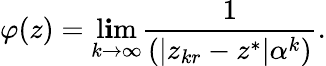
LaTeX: \varphi(z)=\operatorname*{l\mathbf{i}m}_{k\to\infty}{\frac{{1}}{{(|z_{kr}-z^{*}|\alpha^{k})}}}.